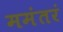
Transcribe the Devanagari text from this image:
ममंतरं